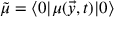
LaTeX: \tilde { \mu } = \langle 0 | \mu ( \vec { y } , t ) | 0 \rangle